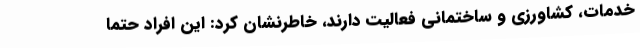
خدمات، کشاورزی و ساختمانی فعالیت دارند، خاطرنشان کرد: این افراد حتماً